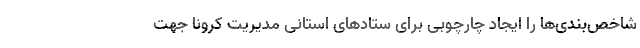
شاخص‌بندی‌ها را ایجاد چارچوبی برای ستادهای استانی مدیریت کرونا جهت